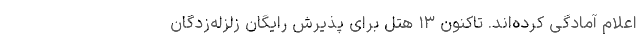
اعلام آمادگی کرده‌اند. تاکنون ۱۳ هتل برای پذیرش رایگان زلزله‌زدگان